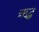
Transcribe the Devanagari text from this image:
ऋद्ध